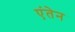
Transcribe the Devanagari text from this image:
एंतेन